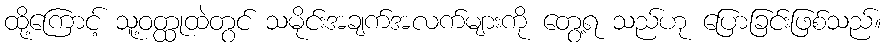
ထို့ကြောင့် သူ့ဝတ္ထုထဲတွင် သမိုင်းအချက်အလက်များကို တွေ့ရ သည်ဟု ပြောခြင်းဖြစ်သည်။